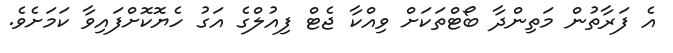
އެ ފަރާތުން މަތިންދާ ބޯޓްތަކަށް ވިއްކާ ޖެޓް ފިއުލްގެ އަގު ހެޔޮކޮށްފައިވާ ކަމަށެވެ.